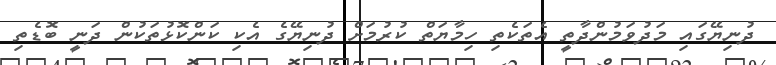
ދުނިޔޭގައި މަދުވަމުންދާތީ އެތަކެތި ހިމާޔަތް ކުރުމަށް ދުނިޔޭގެ އެކި ކަންކޮޅުތަކުން ދަނީ ބޮޑެތި